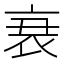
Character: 𮕩